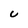
Character: U